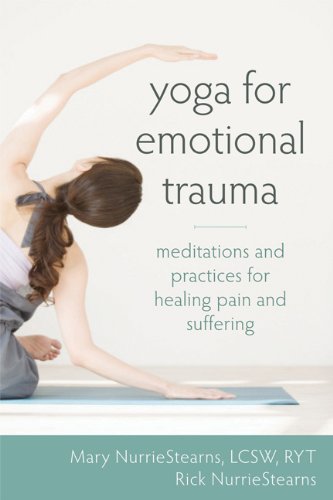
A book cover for Yoga for Emotional Trauma: Meditations and Practices for Healing Pain and Suffering; Mary NurrieStearns; Self-Help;